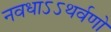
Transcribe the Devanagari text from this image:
नवधाऽऽथर्वणो